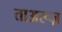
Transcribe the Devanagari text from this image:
ताअरूज़